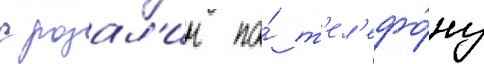
с розал'ин по́ т'ел'ефо́ну